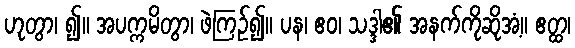
ဟုတွာ၊ ၍။ အပက္ကမိတွာ၊ ဖဲကြဉ်၍။ ပန၊ ဧဝ၊ သဒ္ဒါ၏ အနက်ကိုဆိုအံ့။ ဧတ္ထ၊